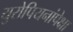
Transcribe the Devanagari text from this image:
युरोपियनांपेक्षा